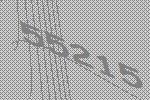
55215